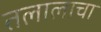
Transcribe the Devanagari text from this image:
तलालाचा